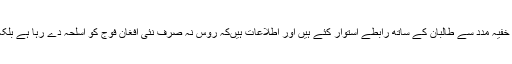
شائد یہی وجہ ہے کہ رُوس نے پاکستان کی خفیہ مدد سے طالبان کے ساتھ رابطے اُستوار کئے ہیں اور اطلاعات ہیںکہ رُوس نہ صرف نئی افغان فوج کو اسلحہ دے رہا ہے بلکہ طالبان کو بھی کلاشنکوف فراہم کررہا ہے۔